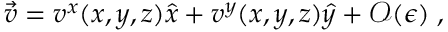
\vec { v } = v ^ { x } ( x , y , z ) \hat { x } + v ^ { y } ( x , y , z ) \hat { y } + { \mathcal O } ( { \epsilon } ) \; ,